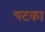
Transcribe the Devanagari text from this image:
षटका